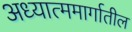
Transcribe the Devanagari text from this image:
अध्यात्ममार्गातील